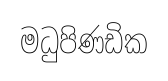
මධුපිණඩික